Annual administration report of the Bombay Presidency - 1887-1892
Year: 1887
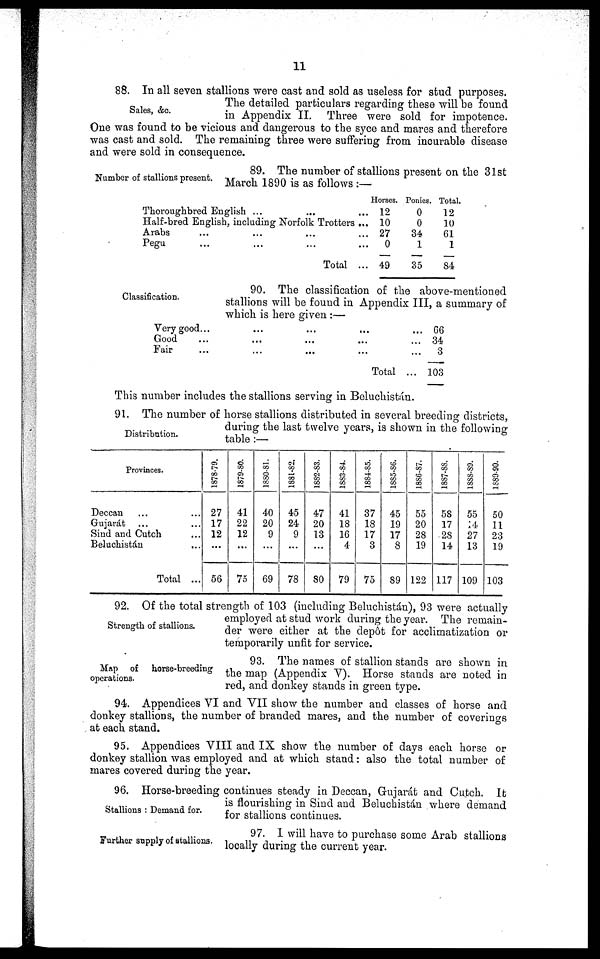
11
Sales, &c.
88. In all seven stallions were cast and sold as useless for stud purposes.
The detailed particulars regarding these will be found
in Appendix II. Three were sold for impotence.
One was found to be vicious and dangerous to the syce and mares and therefore
was cast and sold. The remaining three were suffering from incurable disease
and were sold in consequence.
Number of stallions present.
89. The number of stallions present on the 31st
March 1890 is as follows:—
Thoroughbred English ...
...
...
Half-bred English, including Norfolk Trotters...
Arabs ... ... ...
Pegu
...
...
...
...
Total ...
Horses.
12
10
27
0
49
Ponies.
0
0
34
1
35
Total.
12
10
61
1
84
Classification.
90. The classification of the above-mentioned
stallions will be found in Appendix III, a summary of
which is here given:—
Very good...
...
...
...
...
Good
... ... ... ... ... ...
Fair
...
...
...
... ...
Total ...
66
34
3
103
This number includes the stallions serving in Beluchistán.
Distribution.
91. The number of horse stallions distributed in several breeding districts,
during the last twelve years, is shown in the following
table:—
Provinces.
Deccan ... ...
Gujarát ... ...
Sind and Cutch ...
Beluchistán ...
Total ...
1878-79.
27
17
12
...
56
1879-80.
41
22
12
...
75
1880-81.
40
20
9
...
69
1881-82.
45
24
9
...
78
1882-83.
47
20
13
...
80
1883-84.
41
18
16
4
79
1884-85.
37
18
17
3
75
1885-86.
45
19
17
8
89
1886-87.
55
20
28
19
122
1887-88.
58
17
28
14
117
1888-89.
55
14
27
13
109
1889-90.
50
11
23
19
103
Strength of stallions.
92. Of the total strength of 103 (including Beluchistán), 93 were actually
employed at stud work during the year. The remain-
der were either at the depôt for acclimatization or
temporarily unfit for service.
Map of horse-breeding
operations.
93. The names of stallion stands are shown in
the map (Appendix V). Horse stands are noted in
red, and donkey stands in green type.
94. Appendices VI and VII show the number and classes of horse and
donkey stallions, the number of branded mares, and the number of coverings
at each stand.
95. Appendices VIII and IX show the number of days each horse or
donkey stallion was employed and at which stand: also the total number of
mares covered during the year.
Stallions: Demand for.
96. Horse-breeding continues steady in Deccan, Gujarát and Cutch. It
is flourishing in Sind and Beluchistán where demand
for stallions continues.
Further supply of stallions,
97. I will have to purchase some Arab stallions
locally during the current year.